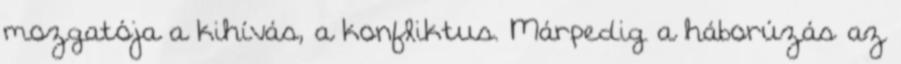
mozgatója a kihívás, a konfliktus. Márpedig a háborúzás az